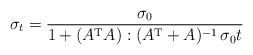
LaTeX: \begin{align*} \sigma_t = \frac{\sigma_0}{1 + (A^{\rm T}A) : (A^{\rm T} + A)^{-1}\, \sigma_0 t}\end{align*}